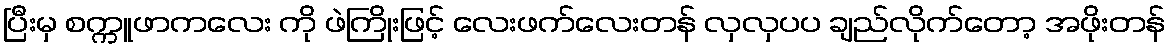
ပြီးမှ စက္ကူဖာကလေး ကို ဖဲကြိုးဖြင့် လေးဖက်လေးတန် လှလှပပ ချည်လိုက်တော့ အဖိုးတန်